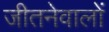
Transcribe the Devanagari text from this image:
जीतनेवालों